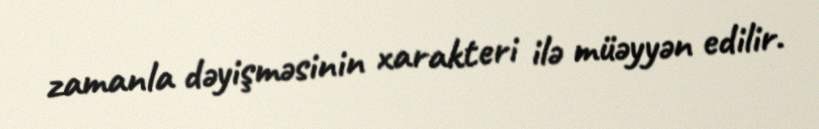
zamanla dəyişməsinin xarakteri ilə müəyyən edilir.